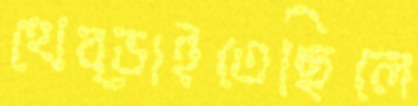
থেব্‌ড়াইতেছিলে